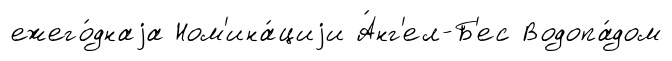
ежего́днаjа Ном'ина́циjи А́нг'ел-Б'ес Водопа́дом